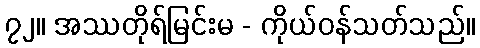
၇၂။ အဿတိုရ်မြင်းမ - ကိုယ်ဝန်သတ်သည်။